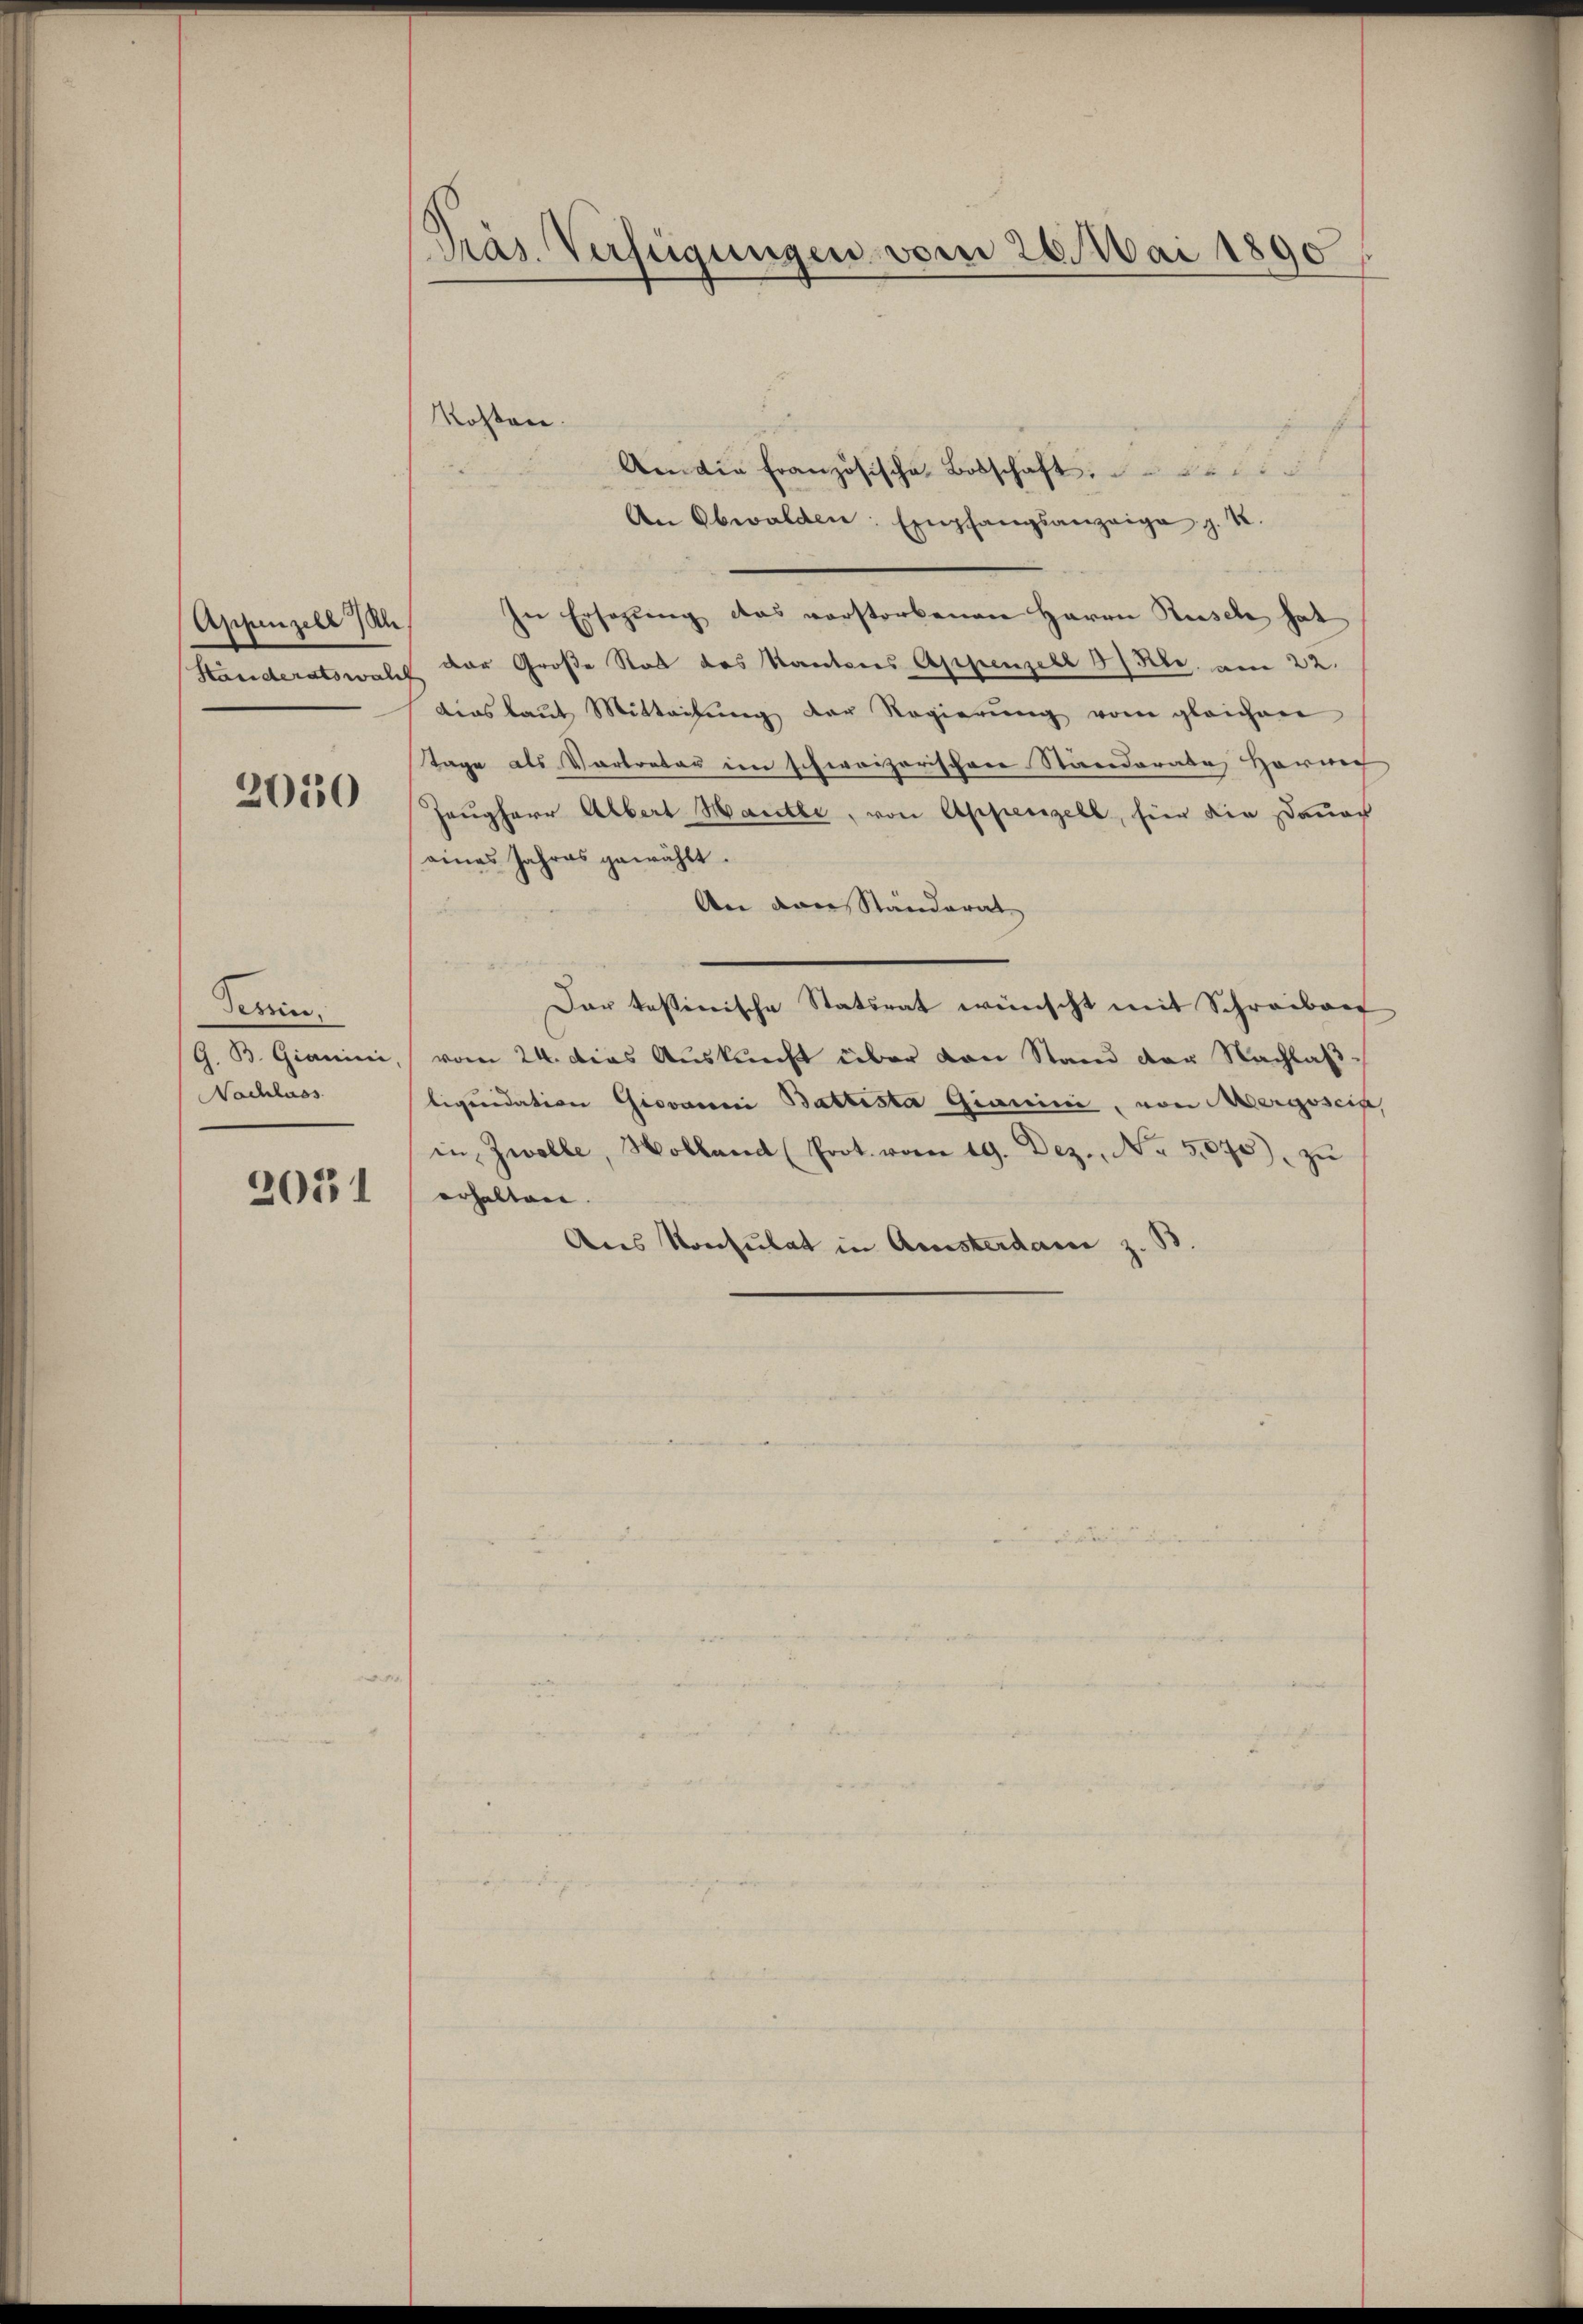
Appenzell Ih
Handeratswah

2050

Tessin.
Nachlass

2051

Präs. Verfügungen vom 26. Mai 1890

Rossen.
Amdie Französische Botschaft,
An Obwalden Empfangsanzeige p. 2.
In Ersezung das verstorbenen Herrn Rusch hat
der Große Stadt des Kantons Appenzell 57 Febr. am 22.
dias laut Mitteilŭng der Regierŭng vom gleichen
Tage als Vortrator im schweizerischere Stiederate Horne |
Zeugherr Albert Harte, von Appenzell, hier die Dauer
eines Jahres gewählt.
An den Ständerat
Dar tessinische Statsrat wünscht mit Schreiben
G. B. Gianini, vom 24. Das Auskunft über von Stand der Nachlaßliquidation Giovanni Battesta Gianini, von Aergosein,
in Zwolle, Holland (Prot. vom 19. Dez. No. 5075) zŭ
erhalten.
Als Konsulat in Amsterdar z. B.